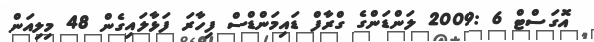
އޮގަސްޓް 6 :2009 ލަންޑަންގެ ގްރާފް ޑައިމަންޑްސް ފިހާރަ ފަޅާލައިގެން 48 މިލިއަން